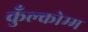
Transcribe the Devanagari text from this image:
कुँल्कोम्म